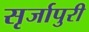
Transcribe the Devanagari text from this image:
सृर्जापुरी